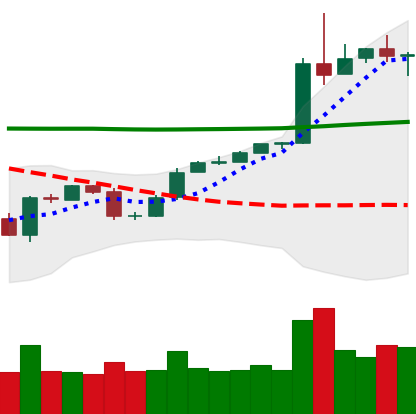
Ticker: BTC-USD
Chart end date: 2020-05-04
Forward return: 7.643%
Label: up_7plus